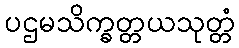
ပဌမသိက္ခတ္တယသုတ္တံ